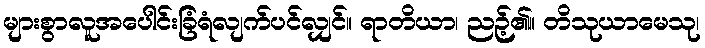
များစွာလူအပေါင်းခြံရံလျက်ပင်လျှင်။ ရာတိယာ၊ ညဉ့်၏။ တိသုယာမေသု၊